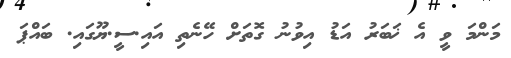
މަންމަ ވީ އެ ޚަބަރު އަޑު އިވުނު ގޮތަށް ހޭނެތި އައި.ސީ.ޔޫގައި. ބައްޕަ